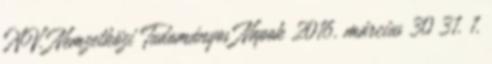
XV. Nemzetközi Tudományos Napok 2016. március 30 31. 1.